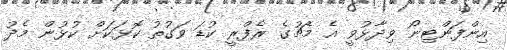
އިންފަންޓިނޯ ވިދާޅުވީ އެ މެޗުގެ ރެފްރީ ކުޑަ ވަގުތު ކޮޅަކަށް ކުޅުން މެދު